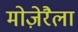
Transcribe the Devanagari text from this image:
मोज़ेरैला